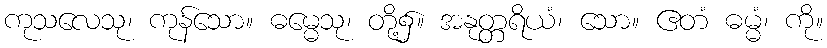
ကုသလေသု၊ ကုန်သော။ ဓမ္မေသု၊ တို့၌။ အနုတ္တရိယံ၊ သော။ ဧတံ ဓမ္မံ၊ ကို။